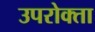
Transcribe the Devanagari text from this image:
उपरोक्ता